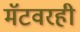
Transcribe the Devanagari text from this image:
मॅटवरही